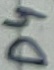
Text: D4